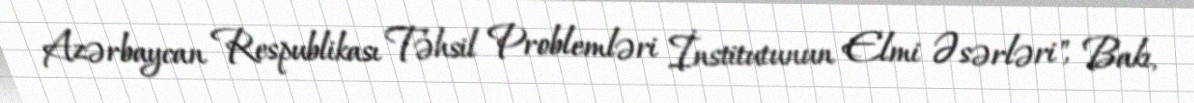
Azərbaycan Respublikası Təhsil Problemləri İnstitutunun Elmi Əsərləri", Bakı,